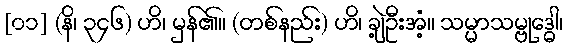
[၀၁] (နိ၊ ၃၄၆) ဟိ၊ မှန်၏။ (တစ်နည်း) ဟိ၊ ချဲ့ဦးအံ့။ သမ္မာသမ္ဗုဒ္ဓေါ၊